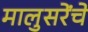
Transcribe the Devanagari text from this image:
मालुसरेंचे